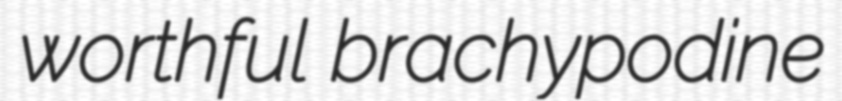
worthful brachypodine